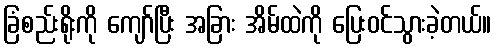
ခြံစည်းရိုးကို ကျော်ပြီး အခြား အိမ်ထဲကို ပြေးဝင်သွားခဲ့တယ်။